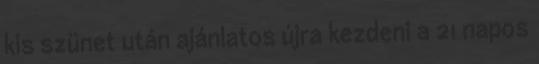
kis szünet után ajánlatos újra kezdeni a 21 napos